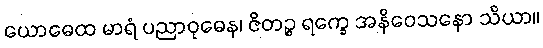
ယောဓေထ မာရံ ပညာဝုဓေန၊ ဇိတဉ္စ ရက္ခေ အနိဝေသနော သိယာ။